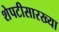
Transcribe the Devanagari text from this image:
शेपटीसारख्या